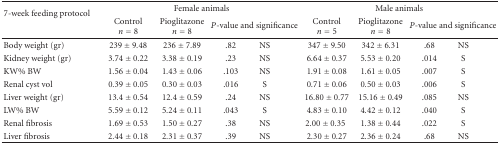
<table><thead><tr><td rowspan="2"><b>7-week feeding protocol</b></td><td colspan="4"><b>Female animals</b></td><td colspan="4"><b>Male animals</b></td></tr><tr><td><b>Control <i>n</i> = 8</b></td><td><b>Pioglitazone <i>n</i> = 8</b></td><td colspan="2"><b><i>P</i>-value and significance</b></td><td><b>Control <i>n</i> = 5</b></td><td><b>Pioglitazone <i>n</i> = 8</b></td><td colspan="2"><b><i>P</i>-value and significance</b></td></tr></thead><tbody><tr><td>Body weight (gr)</td><td>239 ± 9.48</td><td>236 ± 7.89</td><td>.82</td><td>NS</td><td>347 ± 9.50</td><td>342 ± 6.31</td><td>.68</td><td>NS</td></tr><tr><td>Kidney weight (gr)</td><td>3.74 ± 0.22</td><td>3.38 ± 0.19</td><td>.23</td><td>NS</td><td>6.64 ± 0.37</td><td>5.53 ± 0.20</td><td>.014</td><td>S</td></tr><tr><td>KW% BW</td><td>1.56 ± 0.04</td><td>1.43 ± 0.06</td><td>.103</td><td>NS</td><td>1.91 ± 0.08</td><td>1.61 ± 0.05</td><td>.007</td><td>S</td></tr><tr><td>Renal cyst vol</td><td>0.39 ± 0.05</td><td>0.30 ± 0.03</td><td>.016</td><td>S</td><td>0.71 ± 0.06</td><td>0.50 ± 0.03</td><td>.006</td><td>S</td></tr><tr><td>Liver weight (gr)</td><td>13.4 ± 0.54</td><td>12.4 ± 0.59</td><td>.24</td><td>NS</td><td>16.80 ± 0.77</td><td>15.16 ± 0.49</td><td>.085</td><td>NS</td></tr><tr><td>LW% BW</td><td>5.59 ± 0.12</td><td>5.24 ± 0.11</td><td>.043</td><td>S</td><td>4.83 ± 0.10</td><td>4.42 ± 0.12</td><td>.040</td><td>S</td></tr><tr><td>Renal fibrosis</td><td>1.69 ± 0.53</td><td>1.50 ± 0.27</td><td>.38</td><td>NS</td><td>2.00 ± 0.35</td><td>1.38 ± 0.44</td><td>.022</td><td>S</td></tr><tr><td>Liver fibrosis</td><td>2.44 ± 0.18</td><td>2.31 ± 0.37</td><td>.39</td><td>NS</td><td>2.30 ± 0.27</td><td>2.36 ± 0.24</td><td>.68</td><td>NS</td></tr></tbody></table>